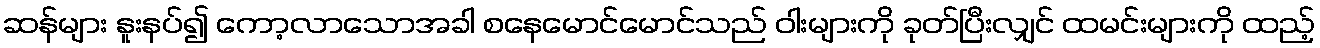
ဆန်များ နူးနပ်၍ ကော့လာသောအခါ စနေမောင်မောင်သည် ဝါးများကို ခုတ်ပြီးလျှင် ထမင်းများကို ထည့်